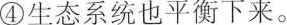
④生态系统也平衡下来。